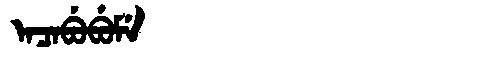
Manchu: ᠠᠴᠠᠪᡠᠪᡠᠮᡝ
Romanization: ACABUBUME